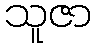
သူဇာ